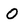
Character: O